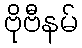
ဗိုဗီနမ်